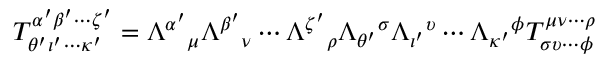
T _ { \theta ^ { \prime } \iota ^ { \prime } \cdots \kappa ^ { \prime } } ^ { \alpha ^ { \prime } \beta ^ { \prime } \cdots \zeta ^ { \prime } } = \Lambda ^ { \alpha ^ { \prime } } { } _ { \mu } \Lambda ^ { \beta ^ { \prime } } { } _ { \nu } \cdots \Lambda ^ { \zeta ^ { \prime } } { } _ { \rho } \Lambda _ { \theta ^ { \prime } } { } ^ { \sigma } \Lambda _ { \iota ^ { \prime } } { } ^ { \upsilon } \cdots \Lambda _ { \kappa ^ { \prime } } { } ^ { \phi } T _ { \sigma \upsilon \cdots \phi } ^ { \mu \nu \cdots \rho }